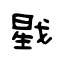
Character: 戥